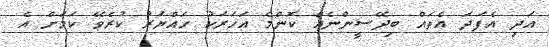
އަދި އެފަދަ އެތައް ބިދޭސީންނެއް ކޮންމެ އަހަރަކު ހައްޔަރު ކުރެވޭ ކަމަށް އެ